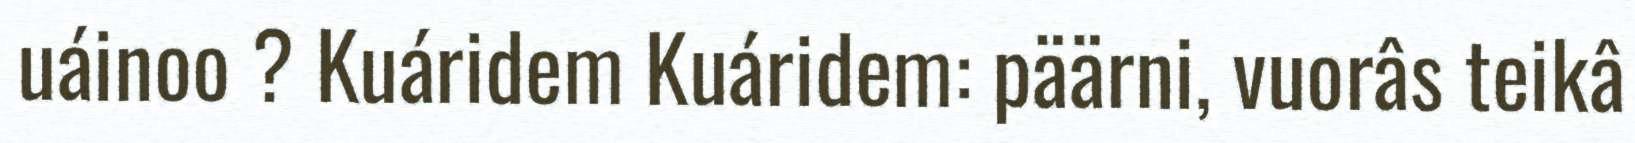
uáinoo ? Kuáridem Kuáridem: päärni, vuorâs teikâ